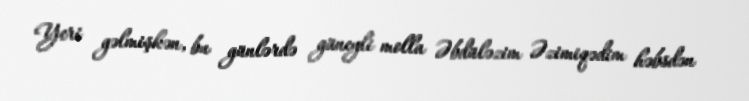
Yeri gəlmişkən, bu günlərdə güneyli molla Əbdüləzim Əzimiqədim həbsdən